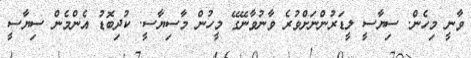
ވާނީ މިހެން. ސިޔާސީ ލީޑަރުންނަށްވުރެ ވާނުވާނޭގޭ މީހުން މާސިޔާސީ. ކުދިބޮޑު އެންމެން ސިޔާސީ